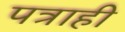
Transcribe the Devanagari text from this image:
पत्राही